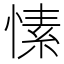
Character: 愫